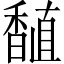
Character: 𫗾